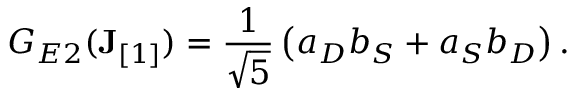
G _ { E 2 } ( { \bf J } _ { [ 1 ] } ) = { \frac { 1 } { \sqrt { 5 } } } \left( a _ { { D } } b _ { { S } } + a _ { { S } } b _ { { D } } \right) .